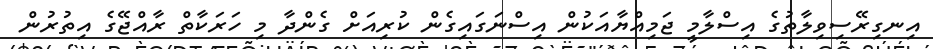
އިނގިރޭސިވިލާތުގެ އިސްލާމީ ޖަމިއްޔާއަކުން އިސްނަގައިގެން ކުރިއަށް ގެންދާ މި ހަރަކާތް ރާާއްޖޭގެ އިތުރުން